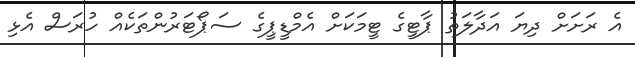
އެ ރަށަށް ދިޔަ އަދާލަތު ޕާޓީގެ ޓީމަކަށް އެމްޑީޕީގެ ސަޕޯޓަރުންތަކެއް ހުރަސް އެޅި